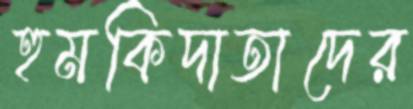
হুমকিদাতাদের